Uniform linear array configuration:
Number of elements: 24
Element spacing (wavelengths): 0.25
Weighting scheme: uniform
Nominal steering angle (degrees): -60
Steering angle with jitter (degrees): -61.005
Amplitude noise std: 0.05
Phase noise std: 0.05

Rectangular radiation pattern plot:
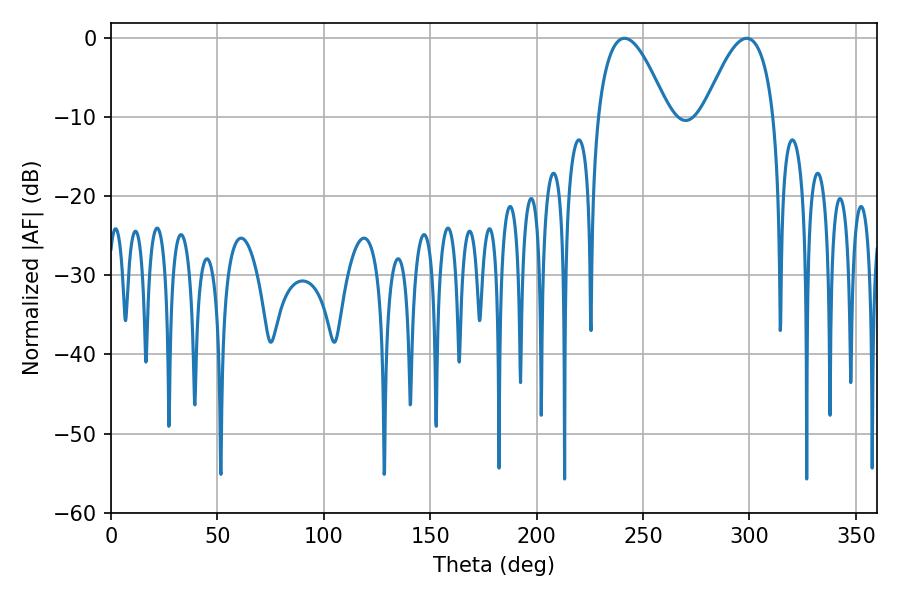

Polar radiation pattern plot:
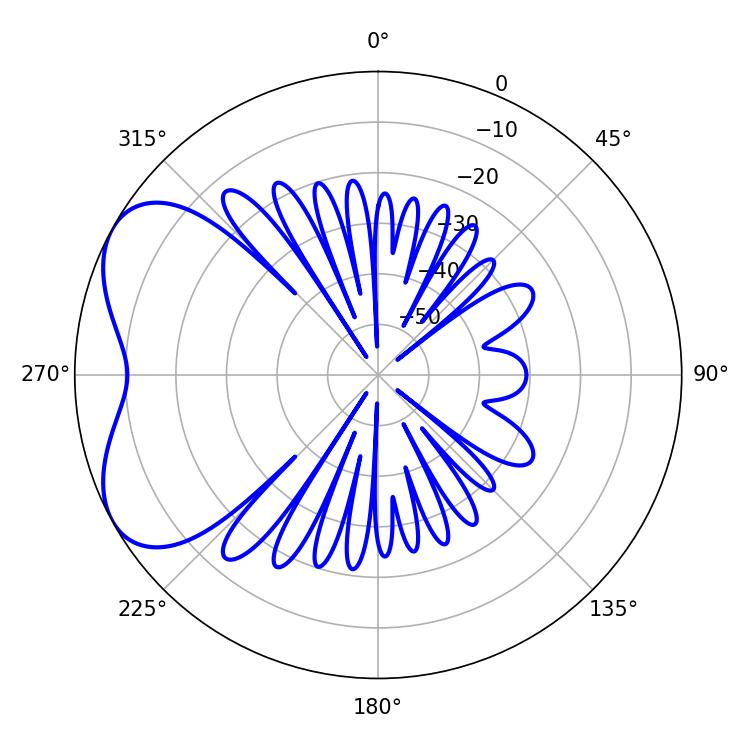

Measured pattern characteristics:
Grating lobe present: FALSE
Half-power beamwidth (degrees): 18
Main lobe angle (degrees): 241.2